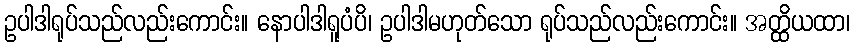
ဥပါဒါရုပ်သည်လည်းကောင်း။ နောပါဒါရူပံပိ၊ ဥပါဒါမဟုတ်သော ရုပ်သည်လည်းကောင်း။ အတ္ထိယထာ၊